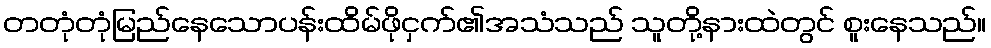
တတုံတုံမြည်နေသောပန်းထိမ်ဖိုငှက်၏အသံသည် သူတို့နားထဲတွင် စူးနေသည်။